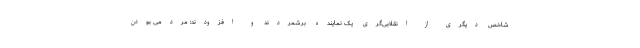
شاخص دیگری از انقلابی‌گری یک نماینده برشمردند و افزودند: مردمی بودن